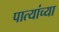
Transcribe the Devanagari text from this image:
पात्यांच्या